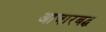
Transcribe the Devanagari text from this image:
आचारबद्ध